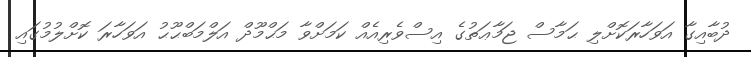
ދުބާއިގާ އަވަހާރަކޮށްލި ޙަމާސް ޖަމާޢަތުގެ އިސްވެރިއެއް ކަމަށްވާ މަޙްމޫދް އަލްމަބްޙޫޙު އަވަހާރަ ކޮށްލުމުގައި